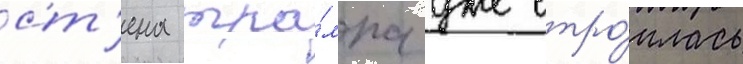
ст'ена тра́мпа уже стро́илась